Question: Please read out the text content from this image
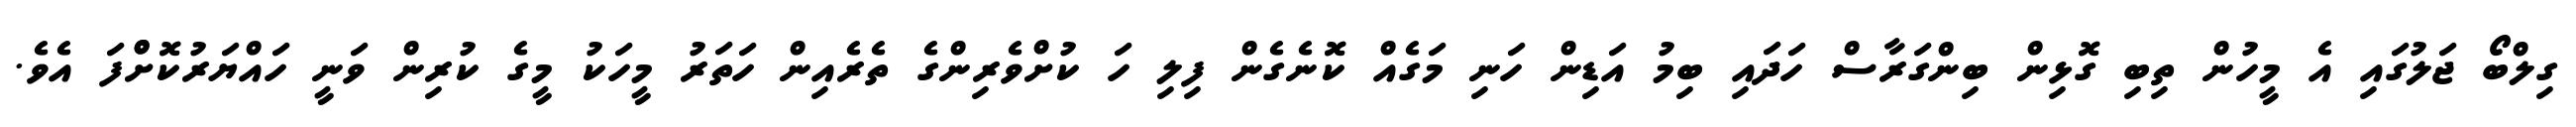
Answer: ގިލްބޯ ޖަލުގައި އެ މީހުން ތިބި ގޮޅިން ބިންގަރާސް ހަދައި ބިމު އަޑިން ހަނި މަގެއް ކޮނެގެން ފިލި ހަ ކުށްވެރިންގެ ތެރެއިން ހަތަރު މީހަކު މީގެ ކުރިން ވަނީ ހައްޔަރުކޮށްްފަ އެވެ.